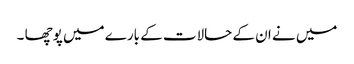
میں نے ان کے حالات کے بارے میں پوچھا ۔